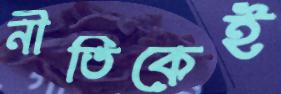
নীতিকেই